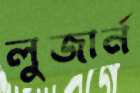
লুজার্ন